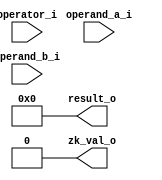
module ibex_zk (
	operator_i,
	operand_a_i,
	operand_b_i,
	result_o,
	zk_val_o
);
	parameter integer RV32Zk = 32'sd0;
	input wire [6:0] operator_i;
	input wire [31:0] operand_a_i;
	input wire [31:0] operand_b_i;
	output wire [31:0] result_o;
	output wire zk_val_o;
	function automatic [31:0] ror32;
		input reg [31:0] x;
		input reg [4:0] amt;
		reg [31:0] ro;
		reg [31:0] l8;
		reg [31:0] l4;
		reg [31:0] l2;
		reg [31:0] l1;
		reg [31:0] l0;
		begin
			l0 = x;
			l1 = ({32 {amt[0]}} & {l0[0], l0[31:1]}) | ({32 {!amt[0]}} & l0[31:0]);
			l2 = ({32 {amt[1]}} & {l1[1:0], l1[31:2]}) | ({32 {!amt[1]}} & l1[31:0]);
			l4 = ({32 {amt[2]}} & {l2[3:0], l2[31:4]}) | ({32 {!amt[2]}} & l2[31:0]);
			l8 = ({32 {amt[3]}} & {l4[7:0], l4[31:8]}) | ({32 {!amt[3]}} & l4[31:0]);
			ro = ({32 {amt[4]}} & {l8[15:0], l8[31:16]}) | ({32 {!amt[4]}} & l8[31:0]);
			ror32 = ro;
		end
	endfunction
	function automatic [31:0] rol32;
		input reg [31:0] x;
		input reg [4:0] amt;
		reg [31:0] ro;
		reg [31:0] l8;
		reg [31:0] l4;
		reg [31:0] l2;
		reg [31:0] l1;
		reg [31:0] l0;
		begin
			l0 = x;
			l1 = ({32 {amt[0]}} & {l0[30:0], l0[31]}) | ({32 {!amt[0]}} & l0[31:0]);
			l2 = ({32 {amt[1]}} & {l1[29:0], l1[31:30]}) | ({32 {!amt[1]}} & l1[31:0]);
			l4 = ({32 {amt[2]}} & {l2[27:0], l2[31:28]}) | ({32 {!amt[2]}} & l2[31:0]);
			l8 = ({32 {amt[3]}} & {l4[23:0], l4[31:24]}) | ({32 {!amt[3]}} & l4[31:0]);
			ro = ({32 {amt[4]}} & {l8[15:0], l8[31:16]}) | ({32 {!amt[4]}} & l8[31:0]);
			rol32 = ro;
		end
	endfunction
	function automatic [7:0] rev8;
		input reg [7:0] x;
		reg [7:0] rb;
		begin
			begin : sv2v_autoblock_1
				reg signed [31:0] i;
				for (i = 0; i < 8; i = i + 1)
					rb[i] = x[(8 - i) - 1];
			end
			rev8 = rb;
		end
	endfunction
	function automatic [31:0] zip32;
		input reg [31:0] x;
		reg [31:0] uz;
		begin
			begin : sv2v_autoblock_2
				reg signed [31:0] i;
				for (i = 0; i < 16; i = i + 1)
					begin
						uz[2 * i] = x[i];
						uz[(2 * i) + 1] = x[i + 16];
					end
			end
			zip32 = uz;
		end
	endfunction
	function automatic [31:0] unzip32;
		input reg [31:0] x;
		reg [15:0] zh;
		reg [15:0] zl;
		begin
			begin : sv2v_autoblock_3
				reg signed [31:0] i;
				for (i = 0; i < 16; i = i + 1)
					begin
						zh[i] = x[(2 * i) + 1];
						zl[i] = x[2 * i];
					end
			end
			unzip32 = {zh, zl};
		end
	endfunction
	function automatic [7:0] xtime2;
		input reg [7:0] a;
		reg [7:0] x2;
		begin
			x2 = {a[6:0], 1'b0} ^ (a[7] ? 8'h1b : 8'b00000000);
			xtime2 = x2;
		end
	endfunction
	function automatic [7:0] xtimeN;
		input reg [7:0] a;
		input reg [3:0] b;
		reg [7:0] xn;
		begin
			xn = (((b[0] ? a : 0) ^ (b[1] ? xtime2(a) : 0)) ^ (b[2] ? xtime2(xtime2(a)) : 0)) ^ (b[3] ? xtime2(xtime2(xtime2(a))) : 0);
			xtimeN = xn;
		end
	endfunction
	wire zkb_val;
	wire [31:0] zkb_result;
	generate
		if (RV32Zk != 32'sd0) begin : gen_zkb
			wire ror_sel;
			wire rol_sel;
			wire rori_sel;
			wire andn_sel;
			wire orn_sel;
			wire xnor_sel;
			wire pack_sel;
			wire packh_sel;
			wire brev8_sel;
			wire rev8_sel;
			wire zip_sel;
			wire unzip_sel;
			wire clmull_sel;
			wire clmulh_sel;
			wire xperm8_sel;
			wire xperm4_sel;
			assign ror_sel = operator_i == 7'd67;
			assign rol_sel = operator_i == 7'd68;
			assign rori_sel = operator_i == 7'd62;
			assign andn_sel = operator_i == 7'd69;
			assign orn_sel = operator_i == 7'd70;
			assign xnor_sel = operator_i == 7'd71;
			assign pack_sel = operator_i == 7'd72;
			assign packh_sel = operator_i == 7'd73;
			assign brev8_sel = operator_i == 7'd63;
			assign rev8_sel = operator_i == 7'd64;
			assign zip_sel = operator_i == 7'd65;
			assign unzip_sel = operator_i == 7'd66;
			assign clmull_sel = operator_i == 7'd74;
			assign clmulh_sel = operator_i == 7'd75;
			assign xperm8_sel = operator_i == 7'd76;
			assign xperm4_sel = operator_i == 7'd77;
			wire [4:0] shamt;
			assign shamt = operand_b_i[4:0];
			wire [31:0] wror;
			wire [31:0] wrol;
			wire [31:0] wandn;
			wire [31:0] worn;
			wire [31:0] wxnor;
			wire [31:0] wpack;
			wire [31:0] wpackh;
			assign wror = ror32(operand_a_i, shamt);
			assign wrol = rol32(operand_a_i, shamt);
			assign wandn = operand_a_i & ~operand_b_i;
			assign worn = operand_a_i | ~operand_b_i;
			assign wxnor = operand_a_i ^ ~operand_b_i;
			assign wpack = {operand_b_i[15:0], operand_a_i[15:0]};
			assign wpackh = {16'd0, operand_b_i[7:0], operand_a_i[7:0]};
			wire [7:0] rs1_b0;
			wire [7:0] rs1_b1;
			wire [7:0] rs1_b2;
			wire [7:0] rs1_b3;
			assign rs1_b0 = operand_a_i[7:0];
			assign rs1_b1 = operand_a_i[15:8];
			assign rs1_b2 = operand_a_i[23:16];
			assign rs1_b3 = operand_a_i[31:24];
			wire [7:0] brev8_0;
			wire [7:0] brev8_1;
			wire [7:0] brev8_2;
			wire [7:0] brev8_3;
			assign brev8_0 = rev8(rs1_b0);
			assign brev8_1 = rev8(rs1_b1);
			assign brev8_2 = rev8(rs1_b2);
			assign brev8_3 = rev8(rs1_b3);
			wire [31:0] wbrev8;
			wire [31:0] wrev8;
			assign wbrev8 = {brev8_3, brev8_2, brev8_1, brev8_0};
			assign wrev8 = {rs1_b0, rs1_b1, rs1_b2, rs1_b3};
			wire [31:0] wzip;
			wire [31:0] wunzip;
			assign wzip = zip32(operand_a_i);
			assign wunzip = unzip32(operand_a_i);
			wire [3:0] lut_4b [7:0];
			wire [31:0] wxperm4;
			genvar i;
			for (i = 0; i < 8; i = i + 1) begin : gen_lut_xperm4
				assign lut_4b[i] = operand_a_i[4 * i+:4];
				wire [2:0] lut_8idx;
				assign lut_8idx = operand_b_i[4 * i+:3];
				wire [3:0] lut4_out;
				assign lut4_out = lut_4b[lut_8idx];
				assign wxperm4[i * 4+:4] = (operand_b_i[(4 * i) + 3] ? 4'b0000 : lut4_out);
			end
			wire [7:0] lut_8b [3:0];
			wire [31:0] wxperm8;
			for (i = 0; i < 4; i = i + 1) begin : gen_lut_xperm8
				assign lut_8b[i] = operand_a_i[8 * i+:8];
				wire [1:0] lut_4idx;
				assign lut_4idx = operand_b_i[8 * i+:2];
				wire [7:0] lut8_out;
				assign lut8_out = lut_8b[lut_4idx];
				assign wxperm8[i * 8+:8] = (|{operand_b_i[(8 * i) + 7:(8 * i) + 2]} ? 8'd0 : lut8_out);
			end
			wire [15:0] lhs0;
			wire [15:0] rhs0;
			wire [15:0] lhs1;
			wire [15:0] rhs1;
			wire [15:0] lhs2;
			wire [15:0] rhs2;
			assign lhs0 = (clmulh_sel ? operand_a_i[31:16] : operand_a_i[15:0]);
			assign rhs0 = (clmulh_sel ? operand_b_i[31:16] : operand_b_i[15:0]);
			assign lhs1 = operand_a_i[15:0];
			assign rhs1 = operand_b_i[31:16];
			assign lhs2 = operand_a_i[31:16];
			assign rhs2 = operand_b_i[15:0];
			wire [31:0] polymul0;
			wire [31:0] polymul1;
			wire [31:0] polymul2;
			ibex_poly16_mul mul16_ins0(
				lhs0,
				rhs0,
				polymul0
			);
			ibex_poly16_mul mul16_ins1(
				lhs1,
				rhs1,
				polymul1
			);
			ibex_poly16_mul mul16_ins2(
				lhs2,
				rhs2,
				polymul2
			);
			wire [31:0] wclmull;
			wire [31:0] wclmulh;
			wire [31:0] clmulm;
			assign clmulm = polymul1 ^ polymul2;
			assign wclmulh = {polymul0[31:16], polymul0[15:0] ^ clmulm[31:16]};
			assign wclmull = {polymul0[31:16] ^ clmulm[15:0], polymul0[15:0]};
			assign zkb_val = |{ror_sel, rol_sel, rori_sel, andn_sel, orn_sel, xnor_sel, pack_sel, packh_sel, brev8_sel, rev8_sel, zip_sel, unzip_sel, clmull_sel, clmulh_sel, xperm8_sel, xperm4_sel};
			assign zkb_result = ((((((((((((((({32 {ror_sel}} & wror) | ({32 {rol_sel}} & wrol)) | ({32 {rori_sel}} & wror)) | ({32 {andn_sel}} & wandn)) | ({32 {orn_sel}} & worn)) | ({32 {xnor_sel}} & wxnor)) | ({32 {pack_sel}} & wpack)) | ({32 {packh_sel}} & wpackh)) | ({32 {brev8_sel}} & wbrev8)) | ({32 {rev8_sel}} & wrev8)) | ({32 {zip_sel}} & wzip)) | ({32 {unzip_sel}} & wunzip)) | ({32 {clmull_sel}} & wclmull)) | ({32 {clmulh_sel}} & wclmulh)) | ({32 {xperm8_sel}} & wxperm8)) | ({32 {xperm4_sel}} & wxperm4);
		end
		else begin : no_gen_zkb
			assign zkb_val = 1'b0;
			assign zkb_result = 32'd0;
		end
	endgenerate
	wire zkn_val;
	wire [31:0] zkn_result;
	generate
		if (RV32Zk == 32'sd2) begin : gen_zkn
			wire bs0;
			wire bs1;
			wire bs2;
			wire bs3;
			assign bs0 = (((operator_i == 7'd88) || (operator_i == 7'd92)) || (operator_i == 7'd96)) || (operator_i == 7'd100);
			assign bs1 = (((operator_i == 7'd89) || (operator_i == 7'd93)) || (operator_i == 7'd97)) || (operator_i == 7'd101);
			assign bs2 = (((operator_i == 7'd90) || (operator_i == 7'd94)) || (operator_i == 7'd98)) || (operator_i == 7'd102);
			assign bs3 = (((operator_i == 7'd91) || (operator_i == 7'd95)) || (operator_i == 7'd99)) || (operator_i == 7'd103);
			wire decs_sel;
			wire encs_sel;
			wire decsm_sel;
			wire encsm_sel;
			assign decs_sel = (((operator_i == 7'd88) || (operator_i == 7'd89)) || (operator_i == 7'd90)) || (operator_i == 7'd91);
			assign encs_sel = (((operator_i == 7'd96) || (operator_i == 7'd97)) || (operator_i == 7'd98)) || (operator_i == 7'd99);
			assign decsm_sel = (((operator_i == 7'd92) || (operator_i == 7'd93)) || (operator_i == 7'd94)) || (operator_i == 7'd95);
			assign encsm_sel = (((operator_i == 7'd100) || (operator_i == 7'd101)) || (operator_i == 7'd102)) || (operator_i == 7'd103);
			wire aes32_sel;
			assign aes32_sel = ((decs_sel || encs_sel) || encsm_sel) || decsm_sel;
			wire [7:0] sel_byte;
			assign sel_byte = ((({8 {bs0}} & operand_b_i[7:0]) | ({8 {bs1}} & operand_b_i[15:8])) | ({8 {bs2}} & operand_b_i[23:16])) | ({8 {bs3}} & operand_b_i[31:24]);
			wire dec;
			wire mix;
			assign dec = decs_sel || decsm_sel;
			assign mix = encsm_sel || decsm_sel;
			wire [7:0] sbox_out;
			ibex_aes_sbox i_aes_sbox(
				.fw(~dec),
				.in(sel_byte),
				.fx(sbox_out)
			);
			wire [7:0] mix_b0;
			wire [7:0] mix_b1;
			wire [7:0] mix_b2;
			wire [7:0] mix_b3;
			assign mix_b3 = xtimeN(sbox_out, (dec ? 11 : 3));
			assign mix_b2 = (dec ? xtimeN(sbox_out, 13) : sbox_out);
			assign mix_b1 = (dec ? xtimeN(sbox_out, 9) : sbox_out);
			assign mix_b0 = xtimeN(sbox_out, (dec ? 14 : 2));
			wire [31:0] mixed;
			wire [31:0] sbox_mix;
			wire [31:0] rotated;
			assign mixed = {mix_b3, mix_b2, mix_b1, mix_b0};
			assign sbox_mix = (mix ? mixed : {24'b000000000000000000000000, sbox_out});
			assign rotated = ((({32 {bs0}} & {sbox_mix}) | ({32 {bs1}} & {sbox_mix[23:0], sbox_mix[31:24]})) | ({32 {bs2}} & {sbox_mix[15:0], sbox_mix[31:16]})) | ({32 {bs3}} & {sbox_mix[7:0], sbox_mix[31:8]});
			wire sha256_sum0_sel;
			wire sha256_sum1_sel;
			wire sha256_sig0_sel;
			wire sha256_sig1_sel;
			assign sha256_sum0_sel = operator_i == 7'd78;
			assign sha256_sum1_sel = operator_i == 7'd79;
			assign sha256_sig0_sel = operator_i == 7'd80;
			assign sha256_sig1_sel = operator_i == 7'd81;
			wire sha512_sum0r_sel;
			wire sha512_sum1r_sel;
			wire sha512_sig0l_sel;
			wire sha512_sig1l_sel;
			wire sha512_sig0h_sel;
			wire sha512_sig1h_sel;
			assign sha512_sum0r_sel = operator_i == 7'd82;
			assign sha512_sum1r_sel = operator_i == 7'd83;
			assign sha512_sig0l_sel = operator_i == 7'd84;
			assign sha512_sig0h_sel = operator_i == 7'd86;
			assign sha512_sig1l_sel = operator_i == 7'd85;
			assign sha512_sig1h_sel = operator_i == 7'd87;
			wire [31:0] sha256_sum0;
			wire [31:0] sha256_sum1;
			wire [31:0] sha256_sig0;
			wire [31:0] sha256_sig1;
			assign sha256_sig0 = (((operand_a_i >> 7) | (operand_a_i << 25)) ^ ((operand_a_i >> 18) | (operand_a_i << 14))) ^ (operand_a_i >> 3);
			assign sha256_sig1 = (((operand_a_i >> 17) | (operand_a_i << 15)) ^ ((operand_a_i >> 19) | (operand_a_i << 13))) ^ (operand_a_i >> 10);
			assign sha256_sum0 = (((operand_a_i >> 2) | (operand_a_i << 30)) ^ ((operand_a_i >> 13) | (operand_a_i << 19))) ^ ((operand_a_i >> 22) | (operand_a_i << 10));
			assign sha256_sum1 = (((operand_a_i >> 6) | (operand_a_i << 26)) ^ ((operand_a_i >> 11) | (operand_a_i << 21))) ^ ((operand_a_i >> 25) | (operand_a_i << 7));
			wire [31:0] sha512_sum0r;
			wire [31:0] sha512_sum1r;
			wire [31:0] sha512_sig0l;
			wire [31:0] sha512_sig1l;
			wire [31:0] sha512_sig0h;
			wire [31:0] sha512_sig1h;
			assign sha512_sum0r = (((((operand_a_i << 25) ^ (operand_a_i << 30)) ^ (operand_a_i >> 28)) ^ (operand_b_i >> 7)) ^ (operand_b_i >> 2)) ^ (operand_b_i << 4);
			assign sha512_sum1r = (((((operand_a_i << 23) ^ (operand_a_i >> 14)) ^ (operand_a_i >> 18)) ^ (operand_b_i >> 9)) ^ (operand_b_i << 18)) ^ (operand_b_i << 14);
			assign sha512_sig0l = (((((operand_a_i >> 1) ^ (operand_a_i >> 7)) ^ (operand_a_i >> 8)) ^ (operand_b_i << 31)) ^ (operand_b_i << 25)) ^ (operand_b_i << 24);
			assign sha512_sig0h = ((((operand_a_i >> 1) ^ (operand_a_i >> 7)) ^ (operand_a_i >> 8)) ^ (operand_b_i << 31)) ^ (operand_b_i << 24);
			assign sha512_sig1l = (((((operand_a_i << 3) ^ (operand_a_i >> 6)) ^ (operand_a_i >> 19)) ^ (operand_b_i >> 29)) ^ (operand_b_i << 26)) ^ (operand_b_i << 13);
			assign sha512_sig1h = ((((operand_a_i << 3) ^ (operand_a_i >> 6)) ^ (operand_a_i >> 19)) ^ (operand_b_i >> 29)) ^ (operand_b_i << 13);
			assign zkn_val = |{sha256_sum0_sel, sha256_sum1_sel, sha256_sig0_sel, sha256_sig1_sel, sha512_sum0r_sel, sha512_sum1r_sel, sha512_sig0l_sel, sha512_sig1l_sel, sha512_sig0h_sel, sha512_sig1h_sel, aes32_sel};
			assign zkn_result = (((((((((({32 {aes32_sel}} & (rotated ^ operand_a_i)) | ({32 {sha256_sig0_sel}} & sha256_sig0)) | ({32 {sha256_sig1_sel}} & sha256_sig1)) | ({32 {sha256_sum0_sel}} & sha256_sum0)) | ({32 {sha256_sum1_sel}} & sha256_sum1)) | ({32 {sha512_sum0r_sel}} & sha512_sum0r)) | ({32 {sha512_sum1r_sel}} & sha512_sum1r)) | ({32 {sha512_sig0l_sel}} & sha512_sig0l)) | ({32 {sha512_sig0h_sel}} & sha512_sig0h)) | ({32 {sha512_sig1l_sel}} & sha512_sig1l)) | ({32 {sha512_sig1h_sel}} & sha512_sig1h);
		end
		else begin : no_gen_zkn
			assign zkn_val = 1'b0;
			assign zkn_result = 32'd0;
		end
	endgenerate
	wire zks_val;
	wire [31:0] zks_result;
	generate
		if (RV32Zk == 32'sd3) begin : gen_zks
			wire sm4ed_sel;
			wire sm4ks_sel;
			wire sm3p0_sel;
			wire sm3p1_sel;
			assign sm4ed_sel = (((operator_i == 7'd104) || (operator_i == 7'd106)) || (operator_i == 7'd105)) || (operator_i == 7'd107);
			assign sm4ks_sel = (((operator_i == 7'd108) || (operator_i == 7'd110)) || (operator_i == 7'd109)) || (operator_i == 7'd111);
			assign sm3p0_sel = operator_i == 7'd112;
			assign sm3p1_sel = operator_i == 7'd113;
			wire zks_bs0;
			wire zks_bs1;
			wire zks_bs2;
			wire zks_bs3;
			assign zks_bs0 = (operator_i == 7'd104) || (operator_i == 7'd108);
			assign zks_bs1 = (operator_i == 7'd105) || (operator_i == 7'd109);
			assign zks_bs2 = (operator_i == 7'd106) || (operator_i == 7'd110);
			assign zks_bs3 = (operator_i == 7'd107) || (operator_i == 7'd111);
			wire [7:0] sbox_in;
			assign sbox_in = ((({8 {zks_bs0}} & operand_b_i[7:0]) | ({8 {zks_bs1}} & operand_b_i[15:8])) | ({8 {zks_bs2}} & operand_b_i[23:16])) | ({8 {zks_bs3}} & operand_b_i[31:24]);
			wire [7:0] sm4_sbox_out;
			ibex_sm4_sbox ism4_sbox(
				.in(sbox_in),
				.fx(sm4_sbox_out)
			);
			wire [31:0] s;
			assign s = {24'b000000000000000000000000, sm4_sbox_out};
			wire [31:0] ed1;
			wire [31:0] ed2;
			assign ed1 = ((s ^ (s << 8)) ^ (s << 2)) ^ (s << 18);
			assign ed2 = (ed1 ^ ((s & 32'h0000003f) << 26)) ^ ((s & 32'h000000c0) << 10);
			wire [31:0] ks1;
			wire [31:0] ks2;
			assign ks1 = (s ^ ((s & 32'h00000007) << 29)) ^ ((s & 32'h000000fe) << 7);
			assign ks2 = (ks1 ^ ((s & 32'h00000001) << 23)) ^ ((s & 32'h000000f8) << 13);
			wire [31:0] rot_in;
			wire [31:0] rot_out;
			wire [31:0] sm4;
			assign rot_in = (sm4ks_sel ? ks2 : ed2);
			assign rot_out = ((({32 {zks_bs0}} & {rot_in}) | ({32 {zks_bs1}} & {rot_in[23:0], rot_in[31:24]})) | ({32 {zks_bs2}} & {rot_in[15:0], rot_in[31:16]})) | ({32 {zks_bs3}} & {rot_in[7:0], rot_in[31:8]});
			assign sm4 = rot_out ^ operand_a_i;
			wire [31:0] sm3_p0;
			wire [31:0] sm3_p1;
			assign sm3_p0 = (operand_a_i ^ ((operand_a_i << 9) | (operand_a_i >> 23))) ^ ((operand_a_i << 17) | (operand_a_i >> 15));
			assign sm3_p1 = (operand_a_i ^ ((operand_a_i << 15) | (operand_a_i >> 17))) ^ ((operand_a_i << 23) | (operand_a_i >> 9));
			assign zks_val = |{sm4ed_sel, sm4ks_sel, sm3p0_sel, sm3p1_sel};
			assign zks_result = ((({32 {sm4ed_sel}} & sm4) | ({32 {sm4ks_sel}} & sm4)) | ({32 {sm3p0_sel}} & sm3_p0)) | ({32 {sm3p1_sel}} & sm3_p1);
		end
		else begin : no_gen_zks
			assign zks_val = 1'b0;
			assign zks_result = 32'd0;
		end
	endgenerate
	assign zk_val_o = (zkb_val || zkn_val) || zks_val;
	assign result_o = (zkb_result | zkn_result) | zks_result;
endmodule